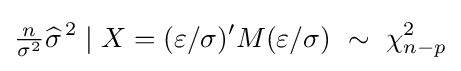
{\tfrac {n}{\sigma ^{2}}}{\widehat {\sigma }}^{\,2}\mid X=(\varepsilon /\sigma )'M(\varepsilon /\sigma )\ \sim \ \chi _{n-p}^{2}